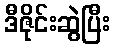
ဒီဇိုင်းဆွဲပြီး